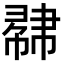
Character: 𢄥